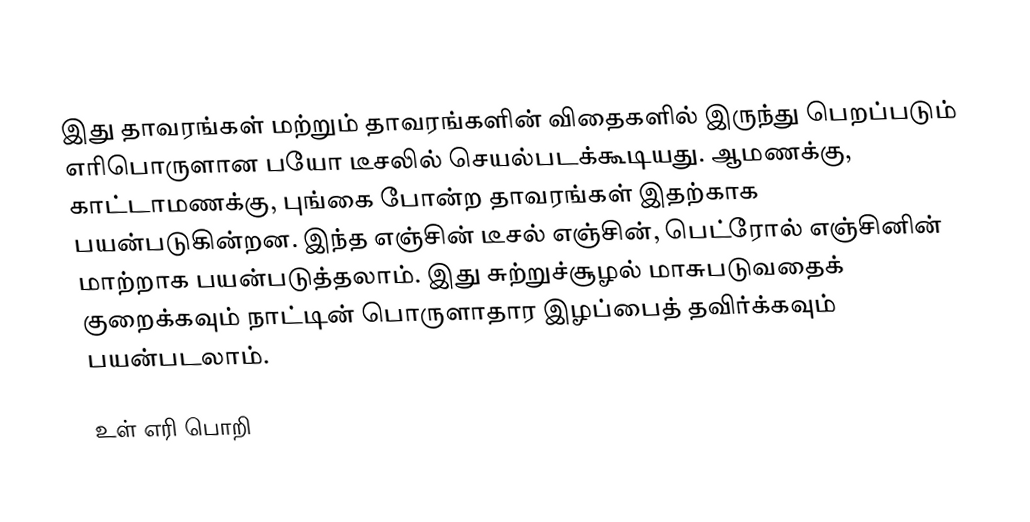
இது தாவரங்கள் மற்றும் தாவரங்களின் விதைகளில் இருந்து பெறப்படும் எரிபொருளான பயோ டீசலில் செயல்படக்கூடியது. ஆமணக்கு, காட்டாமணக்கு, புங்கை போன்ற தாவரங்கள் இதற்காக பயன்படுகின்றன.  இந்த எஞ்சின் டீசல் எஞ்சின், பெட்ரோல் எஞ்சினின் மாற்றாக பயன்படுத்தலாம். இது சுற்றுச்சூழல் மாசுபடுவதைக் குறைக்கவும் நாட்டின் பொருளாதார இழப்பைத் தவிர்க்கவும் பயன்படலாம்.

உள் எரி பொறி